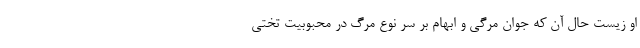
او زیست حال آن که جوان مرگی و ابهام بر سر نوع مرگ در محبوبیت تختی